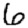
Digit: 6